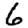
Digit: 6